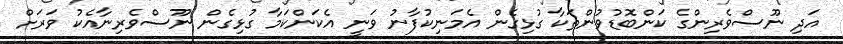
އަދި ނޫސްވެރިންގެ ކަންބޮޑުވުންތަކާ ގުޅިގެން އެމަނިކުފާނު ވަނީ އެކަންކަމާ ގުޅިގެން ނޫސްވެރިނާއެކު ވަރަށް